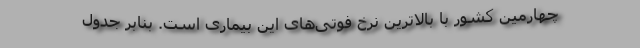
چهارمین کشور با بالاترین نرخ فوتی‌های این بیماری است. بنابر جدول